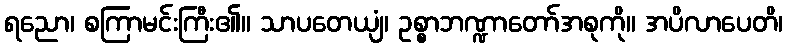
ရညော၊ စကြာမင်းကြီး၏။ သာပတေယျံ၊ ဥစ္စာဘဏ္ဍာတော်အစုကို။ အပိလာပေတိ၊